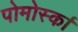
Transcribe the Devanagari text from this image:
पोमोर्स्का